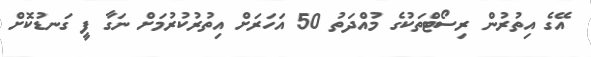
އޭގެ އިތުރުން ރިސޯޓްތަކުގެ މުއްދަތު 50 އަހަރަށް އިތުރުކުރުމަށް ނަގާ ފީ ގަނޑުކޮށް